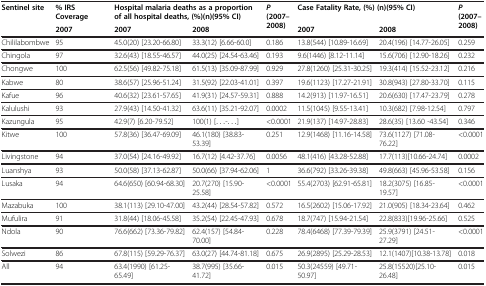
<table><thead><tr><td><b>Sentinel site</b></td><td><b>% IRS Coverage</b></td><td colspan="2"><b>Hospital malaria deaths as a proportion of all hospital deaths, (%)(n)(95% CI)</b></td><td><b><i>P </i>(2007–2008)</b></td><td colspan="2"><b>Case Fatality Rate, (%) (n)(95% CI)</b></td><td><b><i>P </i>(2007–2008)</b></td></tr><tr><td><b> </b></td><td><b>2007</b></td><td><b>2007</b></td><td><b>2008</b></td><td><b> </b></td><td><b>2007</b></td><td><b>2008</b></td><td><b> </b></td></tr></thead><tbody><tr><td>Chililabombwe</td><td>95</td><td>45.0(20) [23.20-66.80]</td><td>33.3(12) [6.66-60.0]</td><td>0.186</td><td>13.8(544) [10.89-16.69]</td><td>20.4(196) [14.77-26.05]</td><td>0.259</td></tr><tr><td>Chingola</td><td>97</td><td>32.6(43) [18.55-46.57]</td><td>44.0(25) [24.54-63.46]</td><td>0.193</td><td>9.6(1446) [8.12-11.14]</td><td>15.6(706) [12.90-18.26]</td><td>0.232</td></tr><tr><td>Chongwe</td><td>100</td><td>62.5(56) [49.82-75.18]</td><td>61.5(13) [35.09-87.99]</td><td>0.929</td><td>27.8(1260) [25.31-30.25]</td><td>19.3(414) [15.52-23.12]</td><td>0.216</td></tr><tr><td>Kabwe</td><td>80</td><td>38.6(57) [25.96-51.24]</td><td>31.5(92) [22.03-41.01]</td><td>0.397</td><td>19.6(1123) [17.27-21.91]</td><td>30.8(943) [27.80-33.70]</td><td>0.115</td></tr><tr><td>Kafue</td><td>96</td><td>40.6(32) [23.61-57.65]</td><td>41.9(31) [24.57-59.31]</td><td>0.888</td><td>14.2(913) [11.97-16.51]</td><td>20.6(630) [17.47-23.79]</td><td>0.278</td></tr><tr><td>Kalulushi</td><td>93</td><td>27.9(43) [14.50-41.32]</td><td>63.6(11) [35.21-92.07]</td><td>0.0002</td><td>11.5(1045) [9.55-13.41]</td><td>10.3(682) [7.98-12.54]</td><td>0.797</td></tr><tr><td>Kazungula</td><td>95</td><td>42.9(7) [6.20-79.52]</td><td>100(1) [...-...]</td><td>&lt;0.0001</td><td>21.9(137) [14.97-28.83]</td><td>28.6(35) [13.60 -43.54]</td><td>0.346</td></tr><tr><td>Kitwe</td><td>100</td><td>57.8(36) [36.47-69.09]</td><td>46.1(180) [38.83-53.39]</td><td>0.251</td><td>12.9(1468) [11.16-14.58]</td><td>73.6(1127) [71.08-76.22]</td><td>&lt;0.0001</td></tr><tr><td>Livingstone</td><td>94</td><td>37.0(54) [24.16-49.92]</td><td>16.7(12) [4.42-37.76]</td><td>0.0056</td><td>48.1(416) [43.28-52.88]</td><td>17.7(113)[10.66-24.74]</td><td>0.0002</td></tr><tr><td>Luanshya</td><td>93</td><td>50.0(58) [37.13-62.87]</td><td>50.0(66) [37.94-62.06]</td><td>1</td><td>36.6(792) [33.26-39.38]</td><td>49.8(663) [45.96-53.58]</td><td>0.156</td></tr><tr><td>Lusaka</td><td>94</td><td>64.6(650) [60.94-68.30]</td><td>20.7(270) [15.90-25.58]</td><td>&lt;0.0001</td><td>55.4(2703) [62.91-65.81]</td><td>18.2(3075) [16.85-19.57]</td><td>&lt;0.0001</td></tr><tr><td>Mazabuka</td><td>100</td><td>38.1(113) [29.10-47.00]</td><td>43.2(44) [28.54-57.82]</td><td>0.572</td><td>16.5(2602) [15.06-17.92]</td><td>21.0(905) [18.34-23.64]</td><td>0.462</td></tr><tr><td>Mufulira</td><td>91</td><td>31.8(44) [18.06-45.58]</td><td>35.2(54) [22.45-47.93]</td><td>0.678</td><td>18.7(747) [15.94-21.54]</td><td>22.8(833)[19.96-25.66]</td><td>0.525</td></tr><tr><td>Ndola</td><td>90</td><td>76.6(662) [73.36-79.82]</td><td>62.4(157) [54.84-70.00]</td><td>0.228</td><td>78.4(6468) [77.39-79.39]</td><td>25.9(3791) [24.51-27.29]</td><td>&lt;0.0001</td></tr><tr><td>Solwezi</td><td>86</td><td>67.8(115) [59.29-76.37]</td><td>63.0(27) [44.74-81.18]</td><td>0.675</td><td>26.9(2895) [25.29-28.53]</td><td>12.1(1407)[10.38-13.78]</td><td>0.018</td></tr><tr><td>All</td><td>94</td><td>63.4(1990) [61.25-65.49]</td><td>38.7(995) [35.66-41.72]</td><td>0.015</td><td>50.3(24559) [49.71-50.97]</td><td>25.8(15520)[25.10-26.48]</td><td>0.015</td></tr></tbody></table>